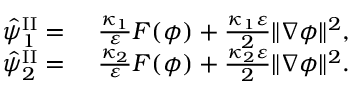
\begin{array} { r l } { \hat { \psi } _ { 1 } ^ { \mathrm { I I } } = } & { ~ \frac { \kappa _ { 1 } } { \varepsilon } F ( \phi ) + \frac { \kappa _ { 1 } \varepsilon } { 2 } \| \nabla \phi \| ^ { 2 } , } \\ { \hat { \psi } _ { 2 } ^ { \mathrm { I I } } = } & { ~ \frac { \kappa _ { 2 } } { \varepsilon } F ( \phi ) + \frac { \kappa _ { 2 } \varepsilon } { 2 } \| \nabla \phi \| ^ { 2 } . } \end{array}